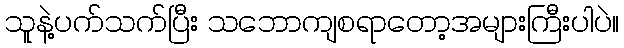
သူနဲ့ပက်သက်ပြီး သဘောကျစရာတော့အများကြီးပါပဲ။